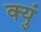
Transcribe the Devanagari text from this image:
क्युं